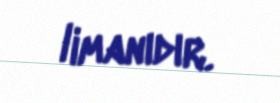
limanıdır.